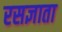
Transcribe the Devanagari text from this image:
रसज्ञाता